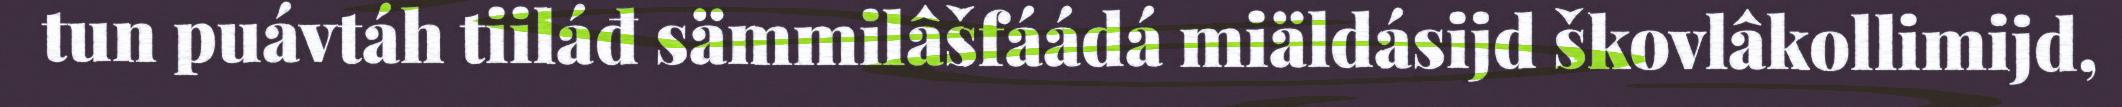
tun puávtáh tiiláđ sämmilâšfáádá miäldásijd škovlâkollimijd,